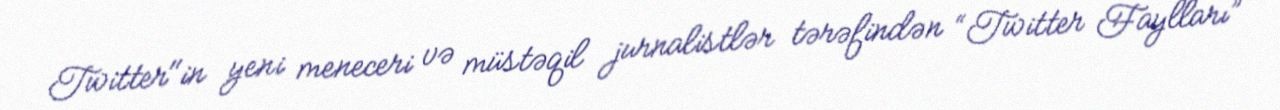
Twitter"in yeni meneceri və müstəqil jurnalistlər tərəfindən “Twitter Faylları”